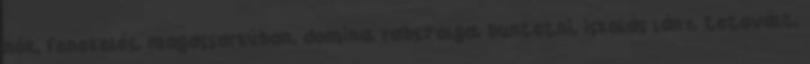
nők, fenekelés, magassarkúban, domina, rabszolga, buntetni, iskolás lány, tetovált,